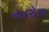
નવરોઝ